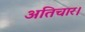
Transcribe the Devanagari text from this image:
अतिचार।